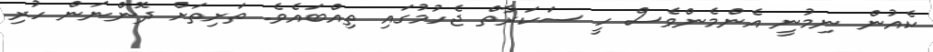
ކެއުން ނިމުނީ އެންމެންވެސް ހީ ސަކަރާތް ޖެހުމުގައި ތިއްބައެވެ. ތަށިތަށް ދޮންނަން ހުރި